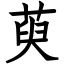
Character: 萸